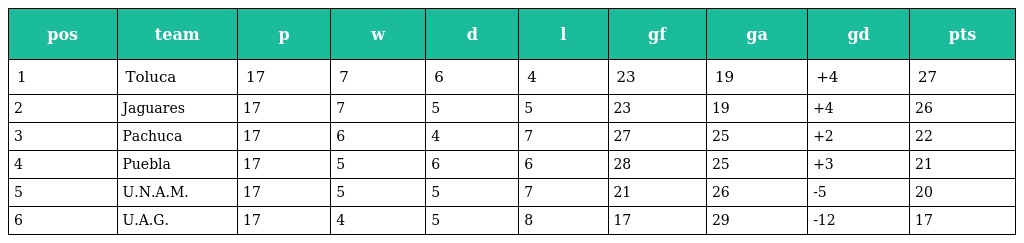
| pos | team | p | w | d | l | gf | ga | gd | pts |
 | --- | --- | --- | --- | --- | --- | --- | --- | --- | --- |
 | 1 | Toluca | 17 | 7 | 6 | 4 | 23 | 19 | +4 | 27 |
 | 2 | Jaguares | 17 | 7 | 5 | 5 | 23 | 19 | +4 | 26 |
 | 3 | Pachuca | 17 | 6 | 4 | 7 | 27 | 25 | +2 | 22 |
 | 4 | Puebla | 17 | 5 | 6 | 6 | 28 | 25 | +3 | 21 |
 | 5 | U.N.A.M. | 17 | 5 | 5 | 7 | 21 | 26 | -5 | 20 |
 | 6 | U.A.G. | 17 | 4 | 5 | 8 | 17 | 29 | -12 | 17 |